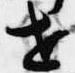
世